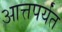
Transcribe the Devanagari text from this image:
आत्तपर्यंत